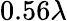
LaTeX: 0.56\lambda